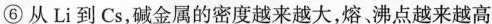
⑥从Li到Cs，碱金属的密度越来越大，熔、沸点越来越高